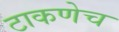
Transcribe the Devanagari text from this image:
टाकणेच